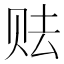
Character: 𱑥